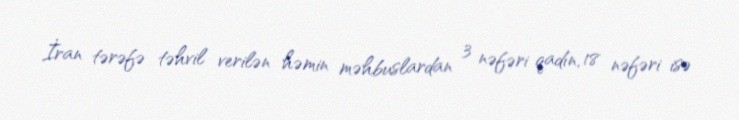
İran tərəfə təhvil verilən həmin məhbuslardan 3 nəfəri qadın, 18 nəfəri isə